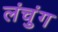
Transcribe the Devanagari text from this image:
लंचुंग